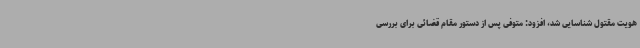
هویت مقتول شناسایی شد، افزود: متوفی پس از دستور مقام قضائی برای بررسی